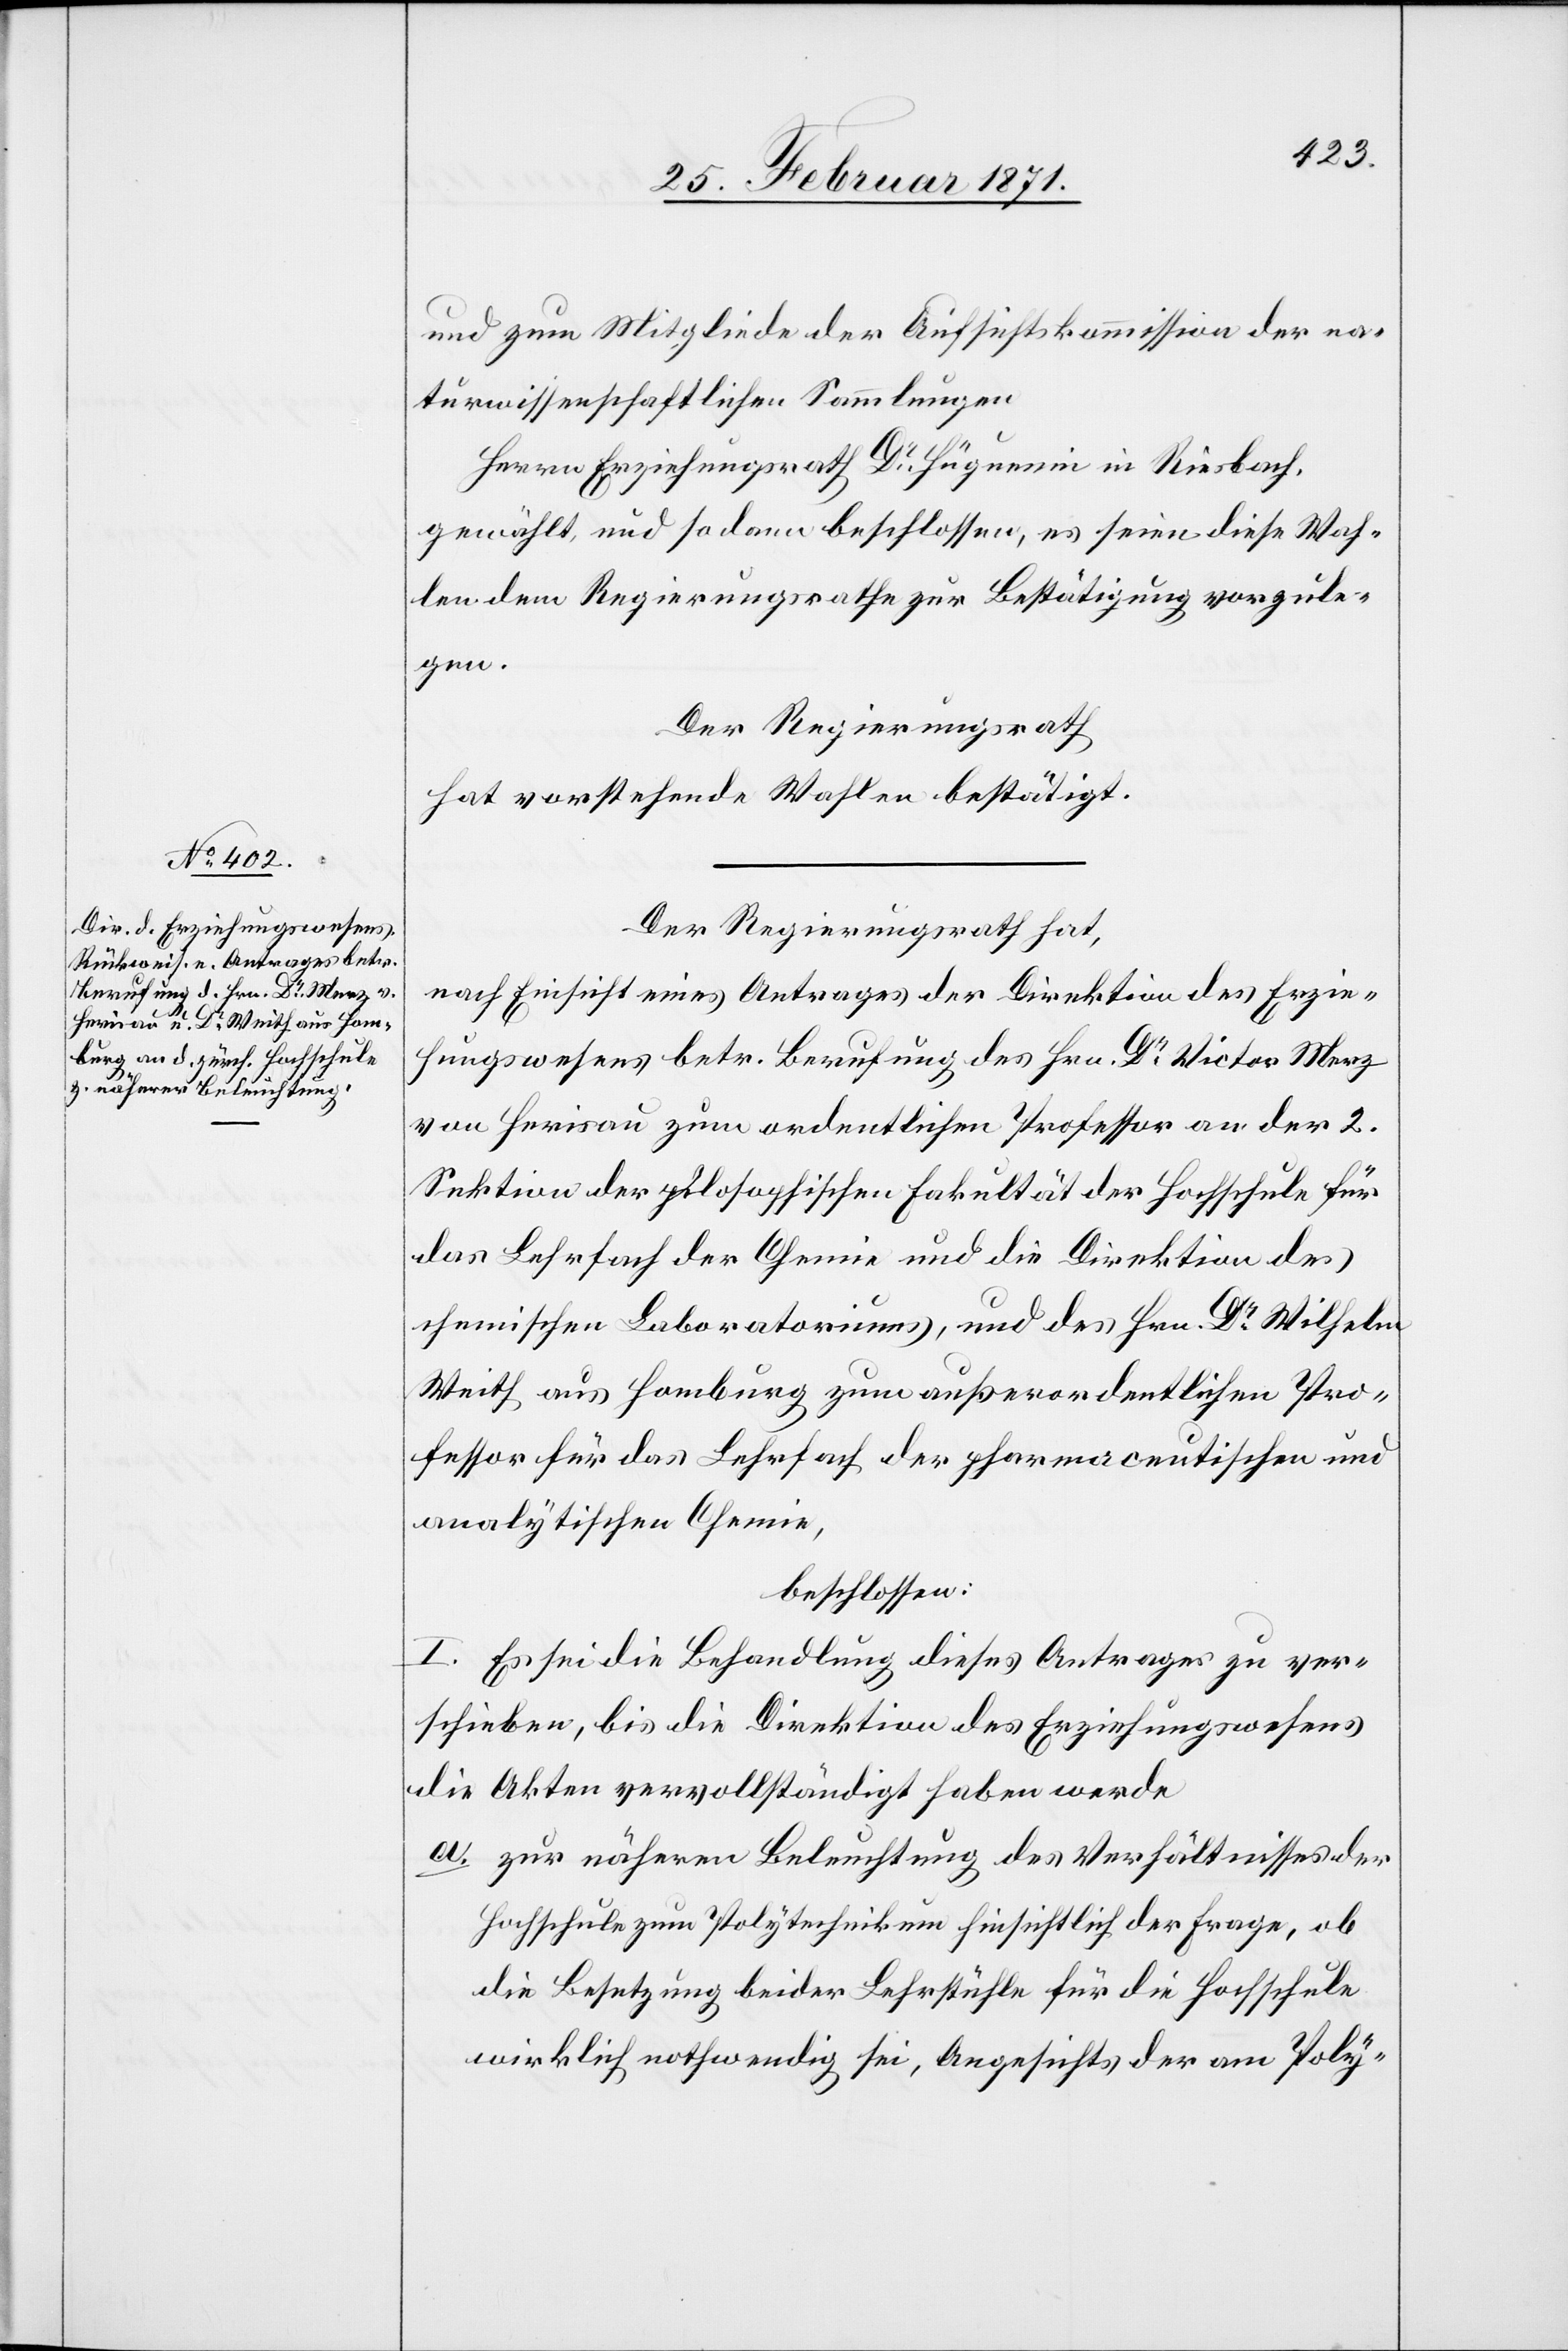
tr.
Berufung des Hrn. Dr. Victor

und zum Mitgliede der Aufsichtskommission der na¬
turwissenschaftlichen Sammlungen
Herrn Erziehungsrath Dr. Hüguenin in Riesbach,
gewählt, und so dann beschlossen, es seien diese Wah¬
len dem Regierungsrathe zur Bestätigung vorzule¬
gen.
Der Regierungsrath
hat vorstehende Wahlen bestätigt.
Der Regierungsrath hat,
nach Einsicht eines Antrages des Erziehungswesens be¬
von Herisau zum ordentlichen Professor an der 2.
Sektion der philosophischen Fakultät der Hochschule für
das Lehrfach der Chemie und die Direktion des
chemischen Laboratoriums, und des Hrn. Dr. Wilhelm
Weith aus Hamburg zum außerordentlichen Pro¬
fessor für das Lehrfach der pharmaceutischen und
analytischen Chemie,
beschlossen:
I. Es sei die Behandlung dieses Antrages zu ver¬
schieben, bis die Direktion des Erziehungswesens
die Akten vervollständigt haben werde
a. zur näheren Beleuchtung des Verhältnisses der
Hochschule zum Polytechnikum hinsichtlich der Frage, ob
die Besetzung beider Lehrstühle für die Hochschule
wirklich nothwendig sei, Angesichts der am Poly-